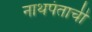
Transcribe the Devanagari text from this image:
नाथपंताची